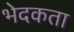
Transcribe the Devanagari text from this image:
भेदकता